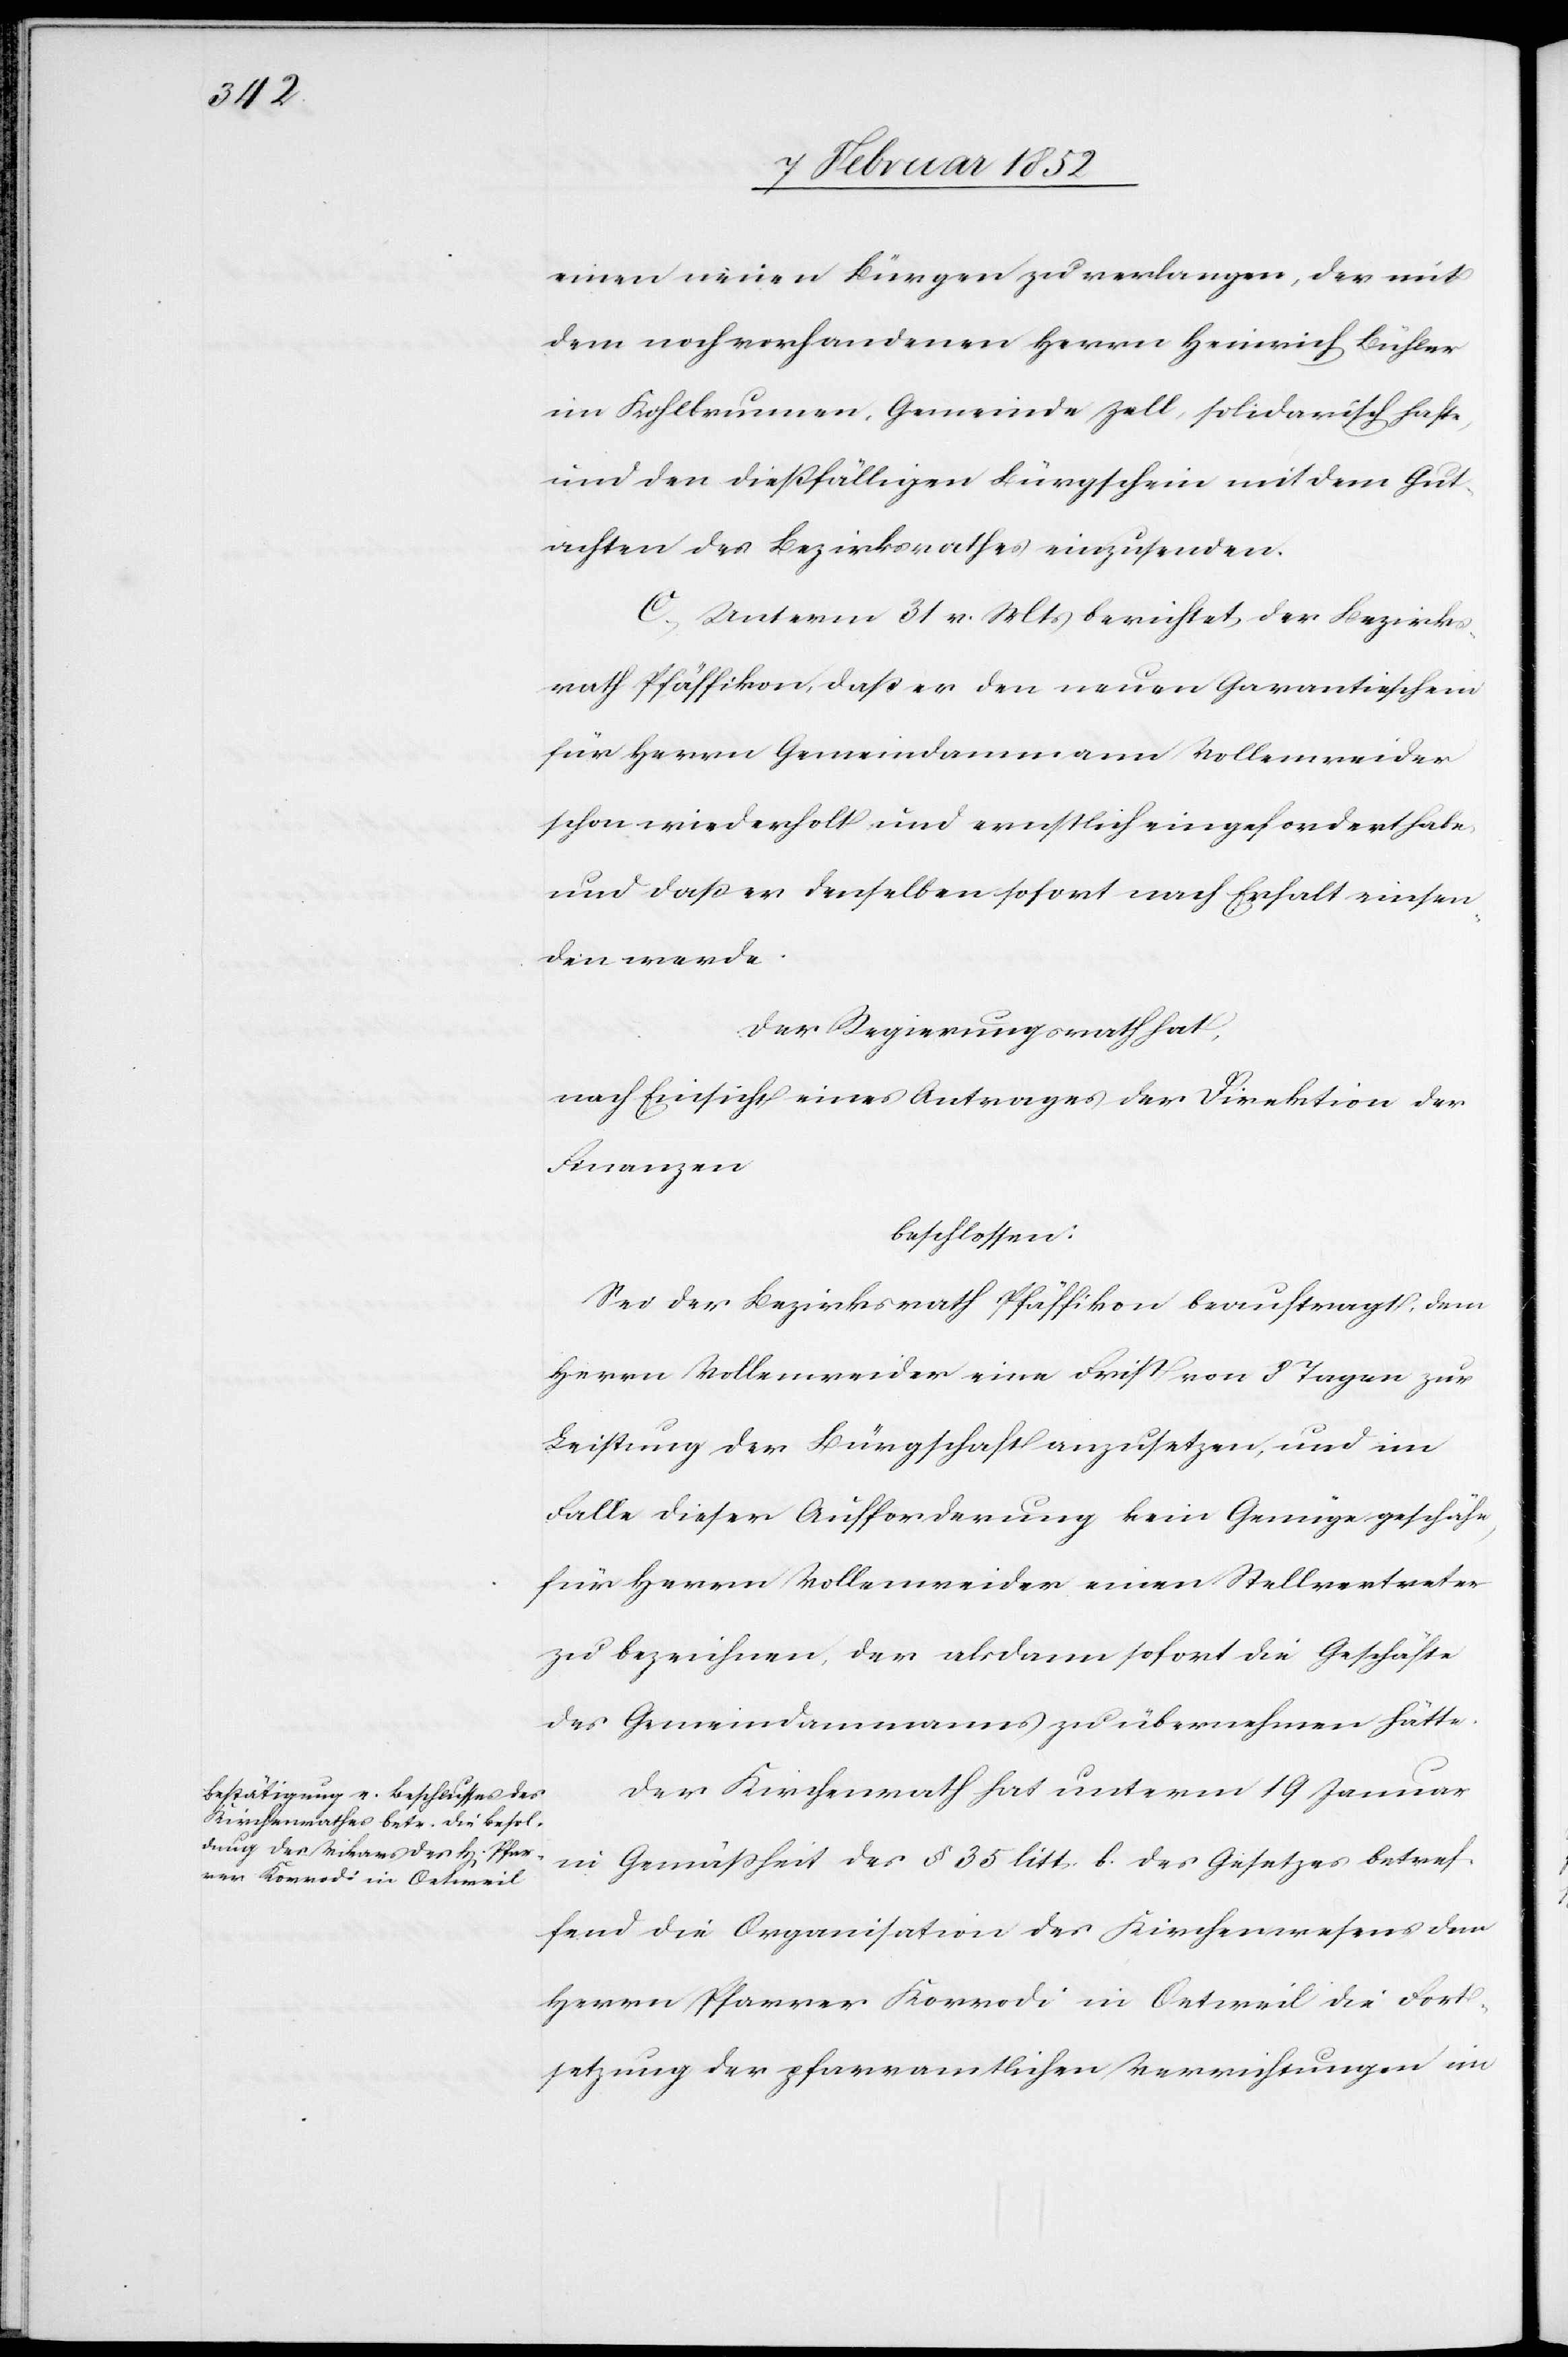
einen neuen Bürgen zu verlangen, der mit
dem noch vorhandenen Herrn Heinrich Bühler
in Kohlbrunnen, Gemeinde Zell, solidarisch hafte,
und den dießfälligen Bürgschein mit dem Gut¬
achten des Bezirksrathes einzusenden.
C.) Unterm 31 v. Mts berichtet der Bezirks¬
rath Pfäffikon, daß er den neuen Garantieschein
für Herrn Gemeindammann Vollenweider
schon wiederholt und ernstlich eingefordert habe,
und daß er denselben sofort nach Erhalt einsen¬
den werde.
Der Regierungsrath hat,
nach Einsicht eines Antrages der Direktion der
Finanzen
beschlossen:
Sei der Bezirksrath Pfäffikon beauftragt, dem
Herrn Vollenweider eine Frist von 8 Tagen zur
Leistung der Bürgschaft anzusetzen, und im
Falle dieser Aufforderung kein Genüge geschähe,
für Herrn Vollenweider einen Stellvertreter
zu bezeichnen, der alsdann sofort die Geschäfte
des Gemeindammanns zu übernehmen hätte.
Der Kirchenrath hat unterm 19 Januar
in Gemäßheit des § 35 litt. b. des Gesetzes betref¬
fend die Organisation des Kirchenwesens den
Herrn Pfarrer Korrodi in Oetweil die Fort¬
setzung der pfarramtlichen Verrichtungen im